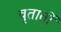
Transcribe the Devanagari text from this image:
वृतातों